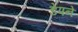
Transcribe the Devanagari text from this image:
डेपने